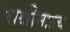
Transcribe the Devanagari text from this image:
पाश्चीमात्त्य